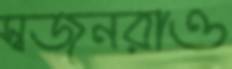
স্বজনরাও